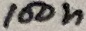
Text: 100n